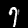
Digit: 7